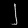
Digit: ၂